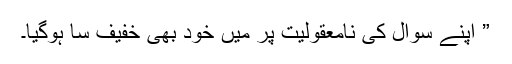
” اپنے سوال کی نامعقولیت پر میں خود بھی خفیف سا ہوگیا۔